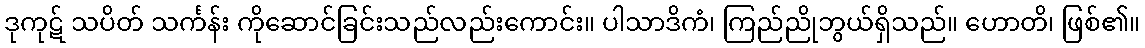
ဒုကုဋ် သပိတ် သင်္ကန်း ကိုဆောင်ခြင်းသည်လည်းကောင်း။ ပါသာဒိကံ၊ ကြည်ညိုဘွယ်ရှိသည်။ ဟောတိ၊ ဖြစ်၏။